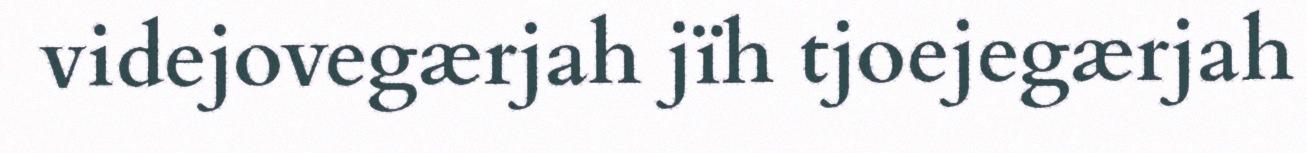
videjovegærjah jïh tjoejegærjah